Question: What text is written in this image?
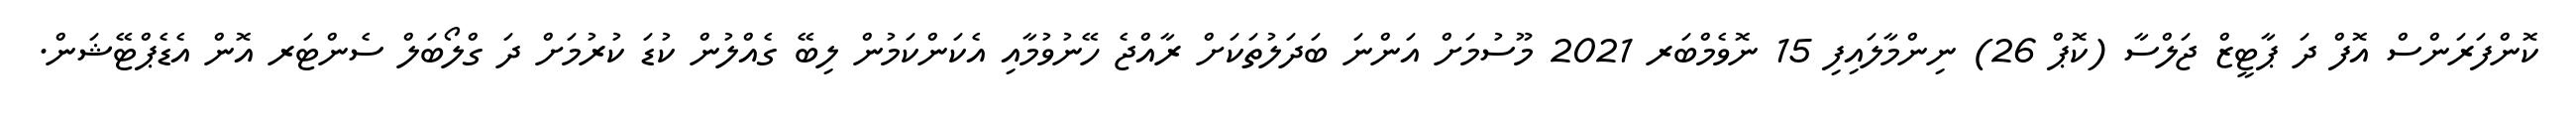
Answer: ކޮންފަރަންސް އޮފް ދަ ޕާޓީޒް ޖަލްސާ (ކޮޕް 26) ނިންމާލައިފި 15 ނޮވެމްބަރ 2021 މޫސުމަށް އަންނަ ބަދަލުތަކަށް ރާއްޖެ ހޭނުވުމާއި އެކަންކަމުން ލިބޭ ގެއްލުން ކުޑަ ކުރުމަށް ދަ ގްލޯބަލް ސެންޓަރ އޮން އެޑެޕްޓޭޝަން.